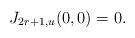
LaTeX: \begin{align*}J_{2r+1,u}(0,0)=0.\end{align*}